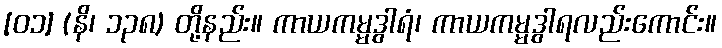
[၀၁] (နိ၊ ၁၃၈) တို့နည်း။ ကာယကမ္မဒွါရံ၊ ကာယကမ္မဒွါရလည်းကောင်း။